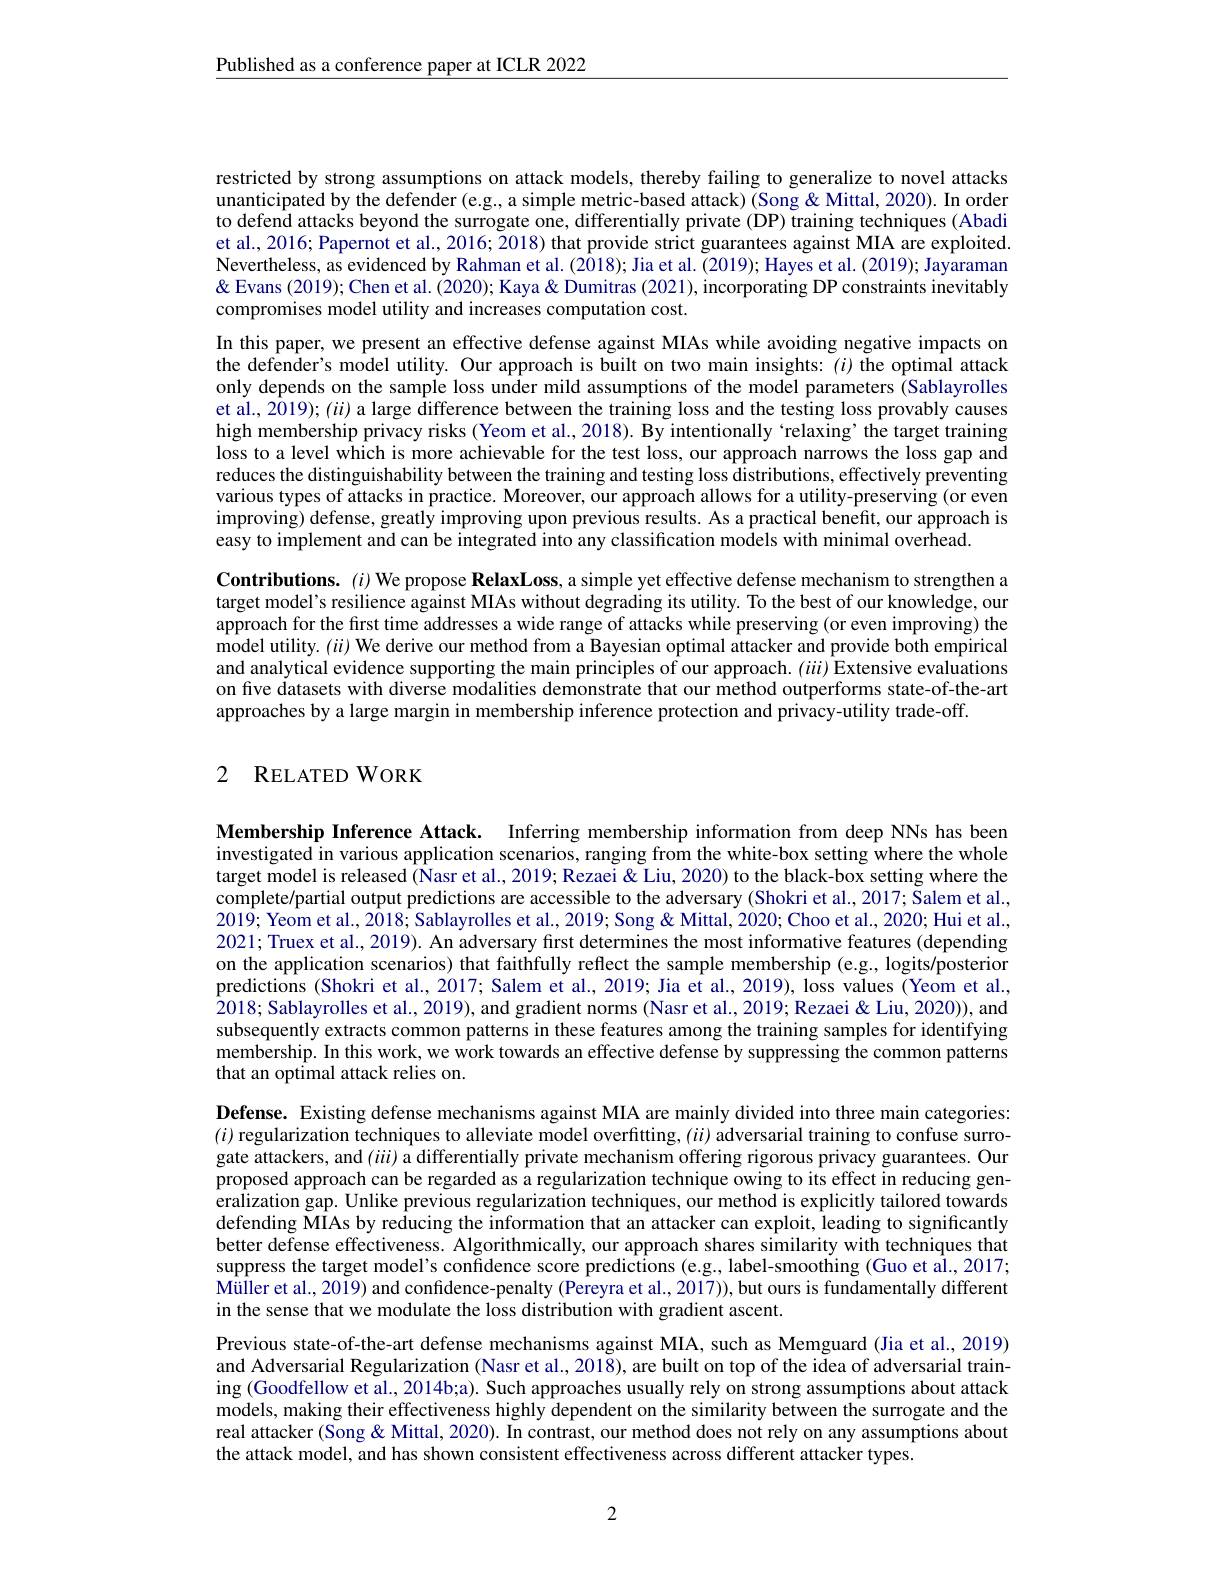
$\underline{\text{Published as a conference paper at ICLR 2022}}$

restricted by strong assumptions on attack models, thereby failing to generalize to novel attacks unanticipated by the defender (e.g., a simple metric-based attack) (Song & Mittal, 2020). In order to defend attacks beyond the surrogate one, differentially private (DP) training techniques (Abadi et al., 2016; Papernot et al., 2016; 2018) that provide strict guarantees against MIA are exploited. Nevertheless, as evidenced by Rahman et al. (2018); Jia et al. (2019); Hayes et al. (2019); Jayaraman & Evans (2019); Chen et al. (2020); Kaya & Dumitras (2021), incorporating DP constraints inevitably compromises model utility and increases computation cost.
In this paper, we present an effective defense against MIAs while avoiding negative impacts on the defender's model utility. Our approach is built on two main insights: ($i)$ the optimal attack only depends on the sample loss under mild assumptions of the model parameters (Sablayrolles et al., 2019); ($ii)$ a large difference between the training loss and the testing loss provably causes high membership privacy risks (Yeom et al., 2018). By intentionally `relaxing’the target training loss to a level which is more achievable for the test loss, our approach narrows the loss gap and reduces the distinguishability between the training and testing loss distributions, effectively preventing various types of attacks in practice. Moreover, our approach allows for a utility-preserving (or even improving) defense, greatly improving upon previous results. As a practical beneft, our approach is easy to implement and can be integrated into any classification models with minimal overhead.
Contributions. $(i)$ We propose RelaxLoss, a simple yet effective defense mechanism to strengthen a target model's resilience against MIAs without degrading its utility. To the best of our knowledge, our approach for the first time addresses a wide range of attacks while preserving (or even improving) the model utility. $(ii)$ We derive our method from a Bayesian optimal attacker and provide both empirical and analytical evidence supporting the main principles of our approach. $(iii)$ Extensive evaluations on five datasets with diverse modalities demonstrate that our method outperforms state-of-the-art approaches by a large margin in membership inference protection and privacy-utility trade-off.

## 2 RELATED WORK

Membership Inference Attack. Inferring membership information from deep NNs has been investigated in various application scenarios, ranging from the white-box setting where the whole target model is released (Nasr et al., 2019; Rezaei & Liu, 2020) to the black-box setting where the complete/partial output predictions are accessible to the adversary (Shokri et al., 2017; Salem et al., 2019; Yeom et al., 2018; Sablayrolles et al., 2019; Song & Mittal, 2020; Choo et al., 2020; Hui et al., 2021; Truex et al., 2019). An adversary first determines the most informative features (depending on the application scenarios) that faithfully reflect the sample membership (e.g., logits/posterior predictions (Shokri et al., 2017; Salem et al., 2019; Jia et al., 2019), loss values (Yeom et al., 2018; Sablayrolles et al., 2019), and gradient norms (Nasr et al., 2019; Rezaei & Liu, 2020)), and subsequently extracts common patterns in these features among the training samples for identifying membership. In this work, we work towards an effective defense by suppressing the common patterns that an optimal attack relies on.

Defense. Existing defense mechanisms against MIA are mainly divided into three main categories: $(i)$ regularization techniques to alleviate model overfitting, $(ii)$ adversarial training to confuse surrogate attackers, and $(iii)$ a differentially private mechanism offering rigorous privacy guarantees. Our proposed approach can be regarded as a regularization technique owing to its effect in reducing generalization gap. Unlike previous regularization techniques, our method is explicitly tailored towards defending MÎAs by reducing the information that an attacker can exploit, leading to significantly better defense effectiveness. Algorithmically, our approach shares similarity with techniques that suppress the target model's confidence score predictions (e.g, label-smoothing (Guo et al., 2017; Müller et al., 2019) and confidence-penalty (Pereyra et al., 2017)), but ours is fundamentally different in the sense that we modulate the loss distribution with gradient ascent.
Previous state-of-the-art defense mechanisms against MIA, such as Memguard (Jia et al., 2019) and Adversarial Regularization (Nasr et al., 2018), are built on top of the idea of adversarial training (Goodfellow et al., 2014b;a). Such approaches usually rely on strong assumptions about attack models, making their effectiveness highly dependent on the similarity between the surrogate and the real attacker (Song & Mittal, 2020). In contrast, our method does not rely on any assumptions about the attack model, and has shown consistent effectiveness across different attacker types.

2